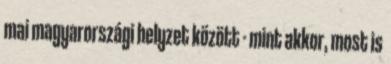
mai magyarországi helyzet között - mint akkor, most is